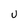
Character: U